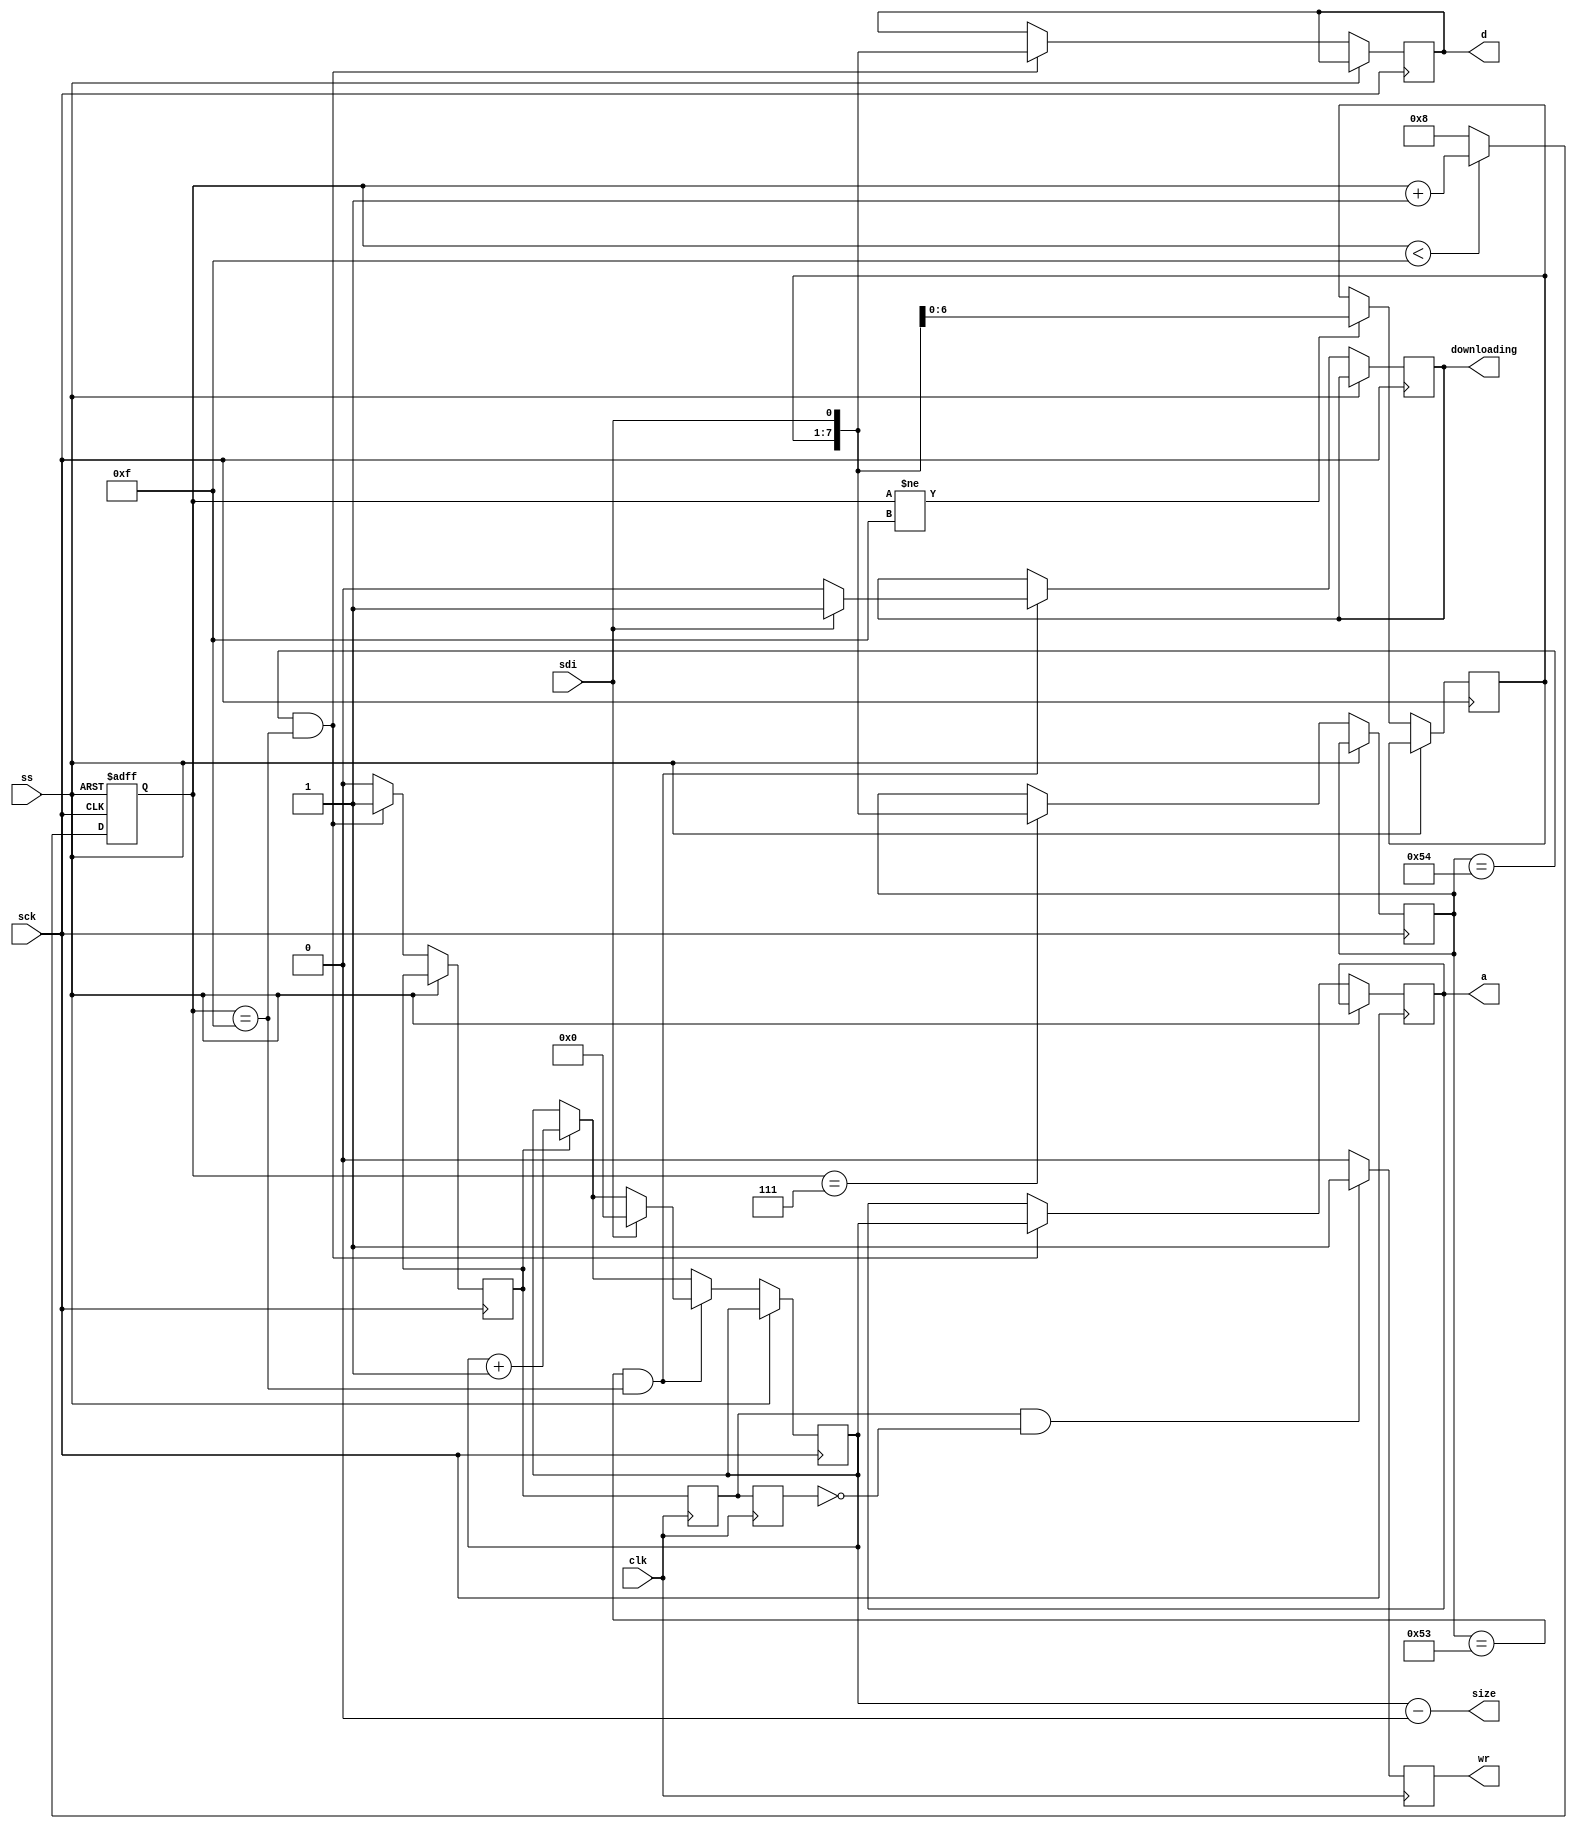
module data_io #(parameter ADDR_WIDTH=16, START_ADDR = 0) (
	// io controller spi interface
	input         sck,
	input         ss,
	input         sdi,

	output        downloading,   // signal indicating an active download
	output [ADDR_WIDTH-1:0] size,          // number of bytes in input buffer
	 
	// external ram interface
	input 			clk,
	output reg     wr,
	output reg [ADDR_WIDTH-1:0] a,
	output [7:0]   d
);

assign d = data;
assign size = addr - START_ADDR;

// *********************************************************************************
// spi client
// *********************************************************************************

// this core supports only the display related OSD commands
// of the minimig
reg [6:0]      sbuf;
reg [7:0]      cmd /* synthesis noprune */;
reg [7:0]      data /* synthesis noprune */;
reg [4:0]      cnt /* synthesis noprune */;

reg [ADDR_WIDTH-1:0]     addr /* synthesis noprune */;
reg rclk /* synthesis noprune */;

localparam UIO_FILE_TX      = 8'h53;
localparam UIO_FILE_TX_DAT  = 8'h54;

assign downloading = downloading_reg;
reg downloading_reg = 1'b0;

// data_io has its own SPI interface to the io controller
always@(posedge sck, posedge ss) begin
	if(ss == 1'b1)
		cnt <= 5'd0;
	else begin
		rclk <= 1'b0;

		// don't shift in last bit. It is evaluated directly
		// when writing to ram
		if(cnt != 15)
			sbuf <= { sbuf[5:0], sdi};

		// increase target address after write
		if(rclk)
			addr <= addr + 1;
	 
		// count 0-7 8-15 8-15 ... 
		if(cnt < 15) 	cnt <= cnt + 4'd1;
		else				cnt <= 4'd8;

		// finished command byte
      if(cnt == 7)
			cmd <= {sbuf, sdi};

		// prepare/end transmission
		if((cmd == UIO_FILE_TX) && (cnt == 15)) begin
			// prepare
			if(sdi) begin
				addr <= START_ADDR;
				downloading_reg <= 1'b1; 
			end else
				downloading_reg <= 1'b0; 
		end
		
		// command 0x54: UIO_FILE_TX
		if((cmd == UIO_FILE_TX_DAT) && (cnt == 15)) begin
			data <= {sbuf, sdi};
			rclk <= 1'b1;
			a <= addr;
		end
	end
end

reg rclkD, rclkD2;
always@(posedge clk) begin
	// bring rclk from spi clock domain into c64 clock domain
	rclkD <= rclk;
	rclkD2 <= rclkD;
	wr <= 1'b0;
	
	if(rclkD && !rclkD2) 
		wr <= 1'b1;
end

endmodule